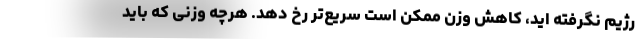
رژیم نگرفته اید، کاهش وزن ممکن است سریع‌تر رخ دهد. هرچه وزنی که باید